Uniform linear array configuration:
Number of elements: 16
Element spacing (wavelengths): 1
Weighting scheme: blackman
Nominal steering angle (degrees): -60
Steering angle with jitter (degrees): -59.381
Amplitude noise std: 0.05
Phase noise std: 0.05

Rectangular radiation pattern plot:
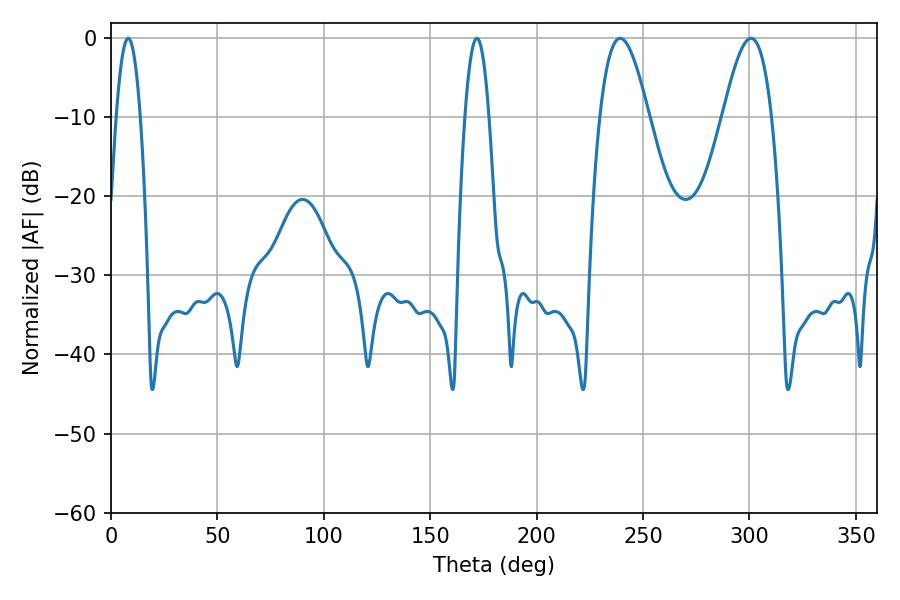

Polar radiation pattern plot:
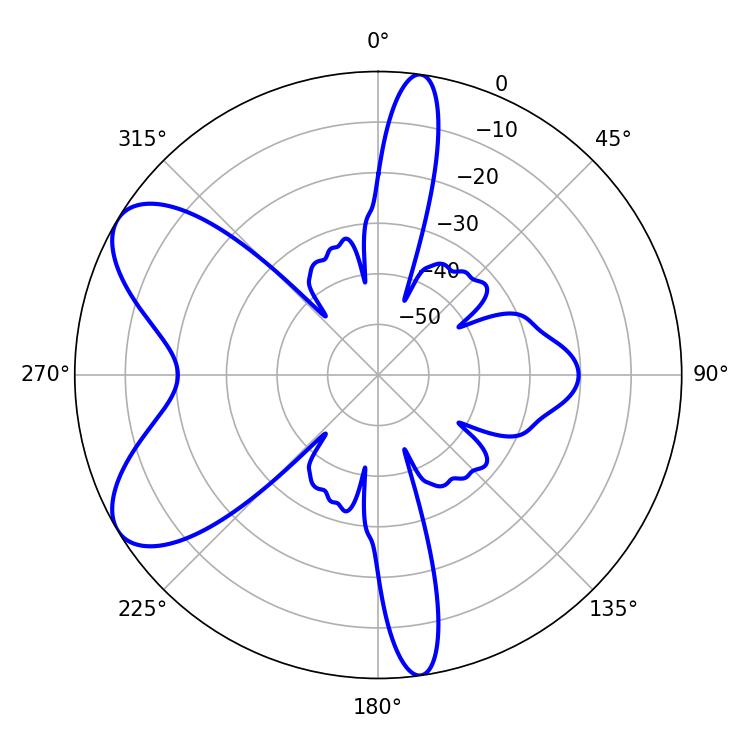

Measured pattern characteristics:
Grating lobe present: TRUE
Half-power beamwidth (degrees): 12.42
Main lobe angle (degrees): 239.22